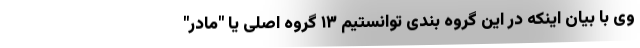
وی با بیان اینکه در این گروه بندی توانستیم ۱۳ گروه اصلی یا "مادر"